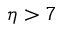
{ \eta > 7 }